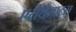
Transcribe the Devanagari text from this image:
एरीथेमाटस